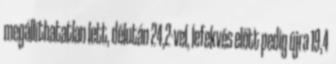
megállíthatatlan lett, délután 24,2-vel, lefekvés előtt pedig újra 19,4